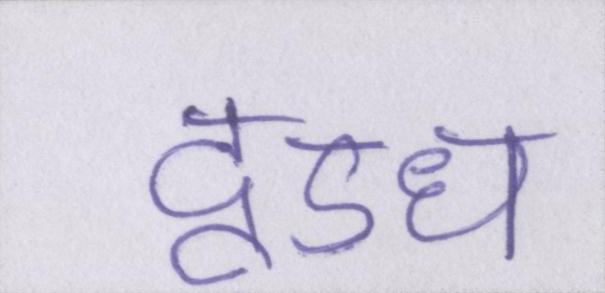
दूऽध